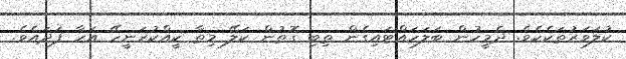
ކުލަވަރުތަކެކެވެ. ދެމީހުން ބަލަހައްޓައިގެން ތިބި ގޮތުން ކަލޭ މިތާ ކީއްކުރަނީހޭ އަހާ ފަދައެވެ.